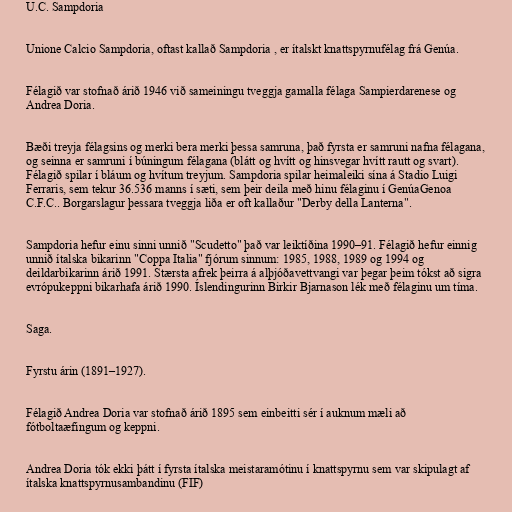
U.C. Sampdoria

Unione Calcio Sampdoria, oftast kallað Sampdoria , er ítalskt knattspyrnufélag frá Genúa.

Félagið var stofnað árið 1946 við sameiningu tveggja gamalla félaga Sampierdarenese og
Andrea Doria.

Bæði treyja félagsins og merki bera merki þessa samruna, það fyrsta er samruni nafna félagana,
og seinna er samruni í búningum félagana (blátt og hvítt og hinsvegar hvítt rautt og svart).
Félagið spilar í bláum og hvítum treyjum. Sampdoria spilar heimaleiki sína á Stadio Luigi
Ferraris, sem tekur 36.536 manns í sæti, sem þeir deila með hinu félaginu í GenúaGenoa
C.F.C.. Borgarslagur þessara tveggja liða er oft kallaður "Derby della Lanterna".

Sampdoria hefur einu sinni unnið "Scudetto" það var leiktíðina 1990–91. Félagið hefur einnig
unnið ítalska bikarinn "Coppa Italia" fjórum sinnum: 1985, 1988, 1989 og 1994 og
deildarbikarinn árið 1991. Stærsta afrek þeirra á alþjóðavettvangi var þegar þeim tókst að sigra
evrópukeppni bikarhafa árið 1990. Íslendingurinn Birkir Bjarnason lék með félaginu um tíma.

Saga.

Fyrstu árin (1891–1927).

Félagið Andrea Doria var stofnað árið 1895 sem einbeitti sér í auknum mæli að
fótboltaæfingum og keppni.

Andrea Doria tók ekki þátt í fyrsta ítalska meistaramótinu í knattspyrnu sem var skipulagt af
ítalska knattspyrnusambandinu (FIF)